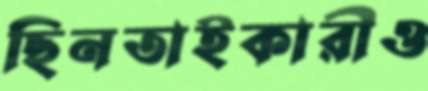
ছিনতাইকারীও